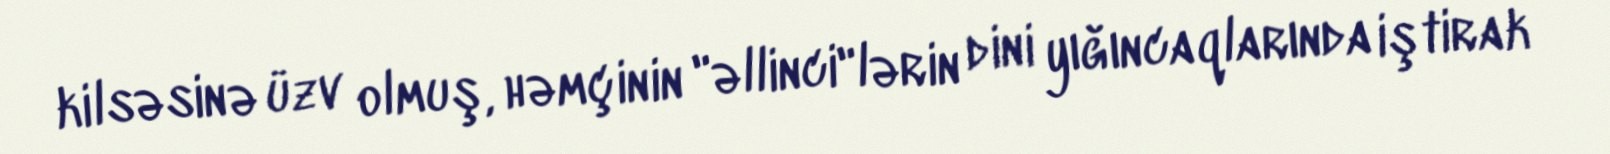
kilsəsinə üzv olmuş, həmçinin "əllinci"lərin dini yığıncaqlarında iştirak